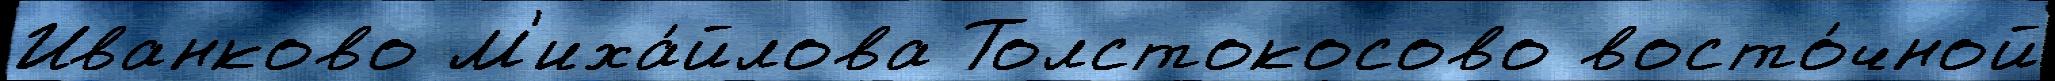
Иванково М'иха́йлова Толстокосово восто́чной